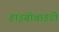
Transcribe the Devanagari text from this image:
हाइग्रोबाइडी